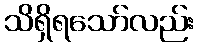
သိရှိရသော်လည်း